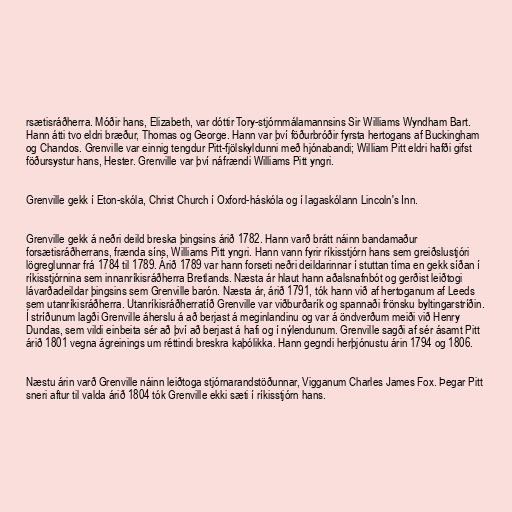
rsætisráðherra. Móðir hans, Elizabeth, var dóttir Tory-stjórnmálamannsins Sir Williams Wyndham Bart.
Hann átti tvo eldri bræður, Thomas og George. Hann var því föðurbróðir fyrsta hertogans af Buckingham
og Chandos. Grenville var einnig tengdur Pitt-fjölskyldunni með hjónabandi; William Pitt eldri hafði gifst
föðursystur hans, Hester. Grenville var því náfrændi Williams Pitt yngri.

Grenville gekk í Eton-skóla, Christ Church í Oxford-háskóla og í lagaskólann Lincoln's Inn.

Grenville gekk á neðri deild breska þingsins árið 1782. Hann varð brátt náinn bandamaður
forsætisráðherrans, frænda síns, Williams Pitt yngri. Hann vann fyrir ríkisstjórn hans sem greiðslustjóri
lögreglunnar frá 1784 til 1789. Árið 1789 var hann forseti neðri deildarinnar í stuttan tíma en gekk síðan í
ríkisstjórnina sem innanríkisráðherra Bretlands. Næsta ár hlaut hann aðalsnafnbót og gerðist leiðtogi
lávarðadeildar þingsins sem Grenville barón. Næsta ár, árið 1791, tók hann við af hertoganum af Leeds
sem utanríkisráðherra. Utanríkisráðherratíð Grenville var viðburðarík og spannaði frönsku byltingarstríðin.
Í stríðunum lagði Grenville áherslu á að berjast á meginlandinu og var á öndverðum meiði við Henry
Dundas, sem vildi einbeita sér að því að berjast á hafi og í nýlendunum. Grenville sagði af sér ásamt Pitt
árið 1801 vegna ágreinings um réttindi breskra kaþólikka. Hann gegndi herþjónustu árin 1794 og 1806.

Næstu árin varð Grenville náinn leiðtoga stjórnarandstöðunnar, Vigganum Charles James Fox. Þegar Pitt
sneri aftur til valda árið 1804 tók Grenville ekki sæti í ríkisstjórn hans.